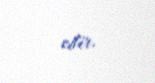
edir.